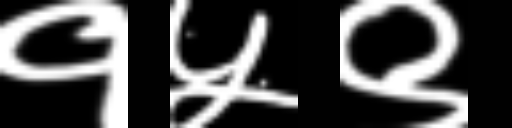
Text: १५९